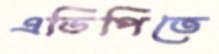
এডিপিতে